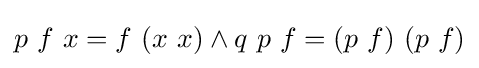
p\ f\ x=f\ (x\ x)\land q\ p\ f=(p\ f)\ (p\ f)